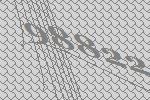
98822